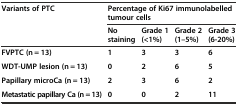
| Variants of PTC | <COLSPAN=4> Percentage of Ki67 immunolabelled tumour cells |
 |  | No staining | Grade 1 (<1%) | Grade 2 (1–5%) | Grade 3 (6-20%) |
 | --- | --- | --- | --- | --- |
 | FVPTC (n = 13) | 1 | 3 | 3 | 6 |
 | WDT-UMP lesion (n = 13) | 0 | 2 | 6 | 5 |
 | Papillary microCa (n = 13) | 2 | 3 | 6 | 2 |
 | Metastatic papillary Ca (n = 13) | 0 | 0 | 2 | 11 |